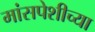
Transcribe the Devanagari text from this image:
मांसपेशीच्या